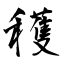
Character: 穫